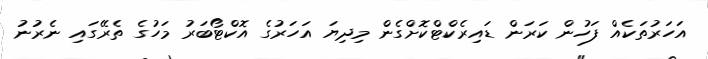
އަހަރުތަކެއް ފަހުން ކަރަން ޑައިރެކްޓްކޮށްގެން މިދިޔަ އަހަރުގެ އޮކްޓޯބަރު މަހުގެ ތެރޭގައި ނެރުނު